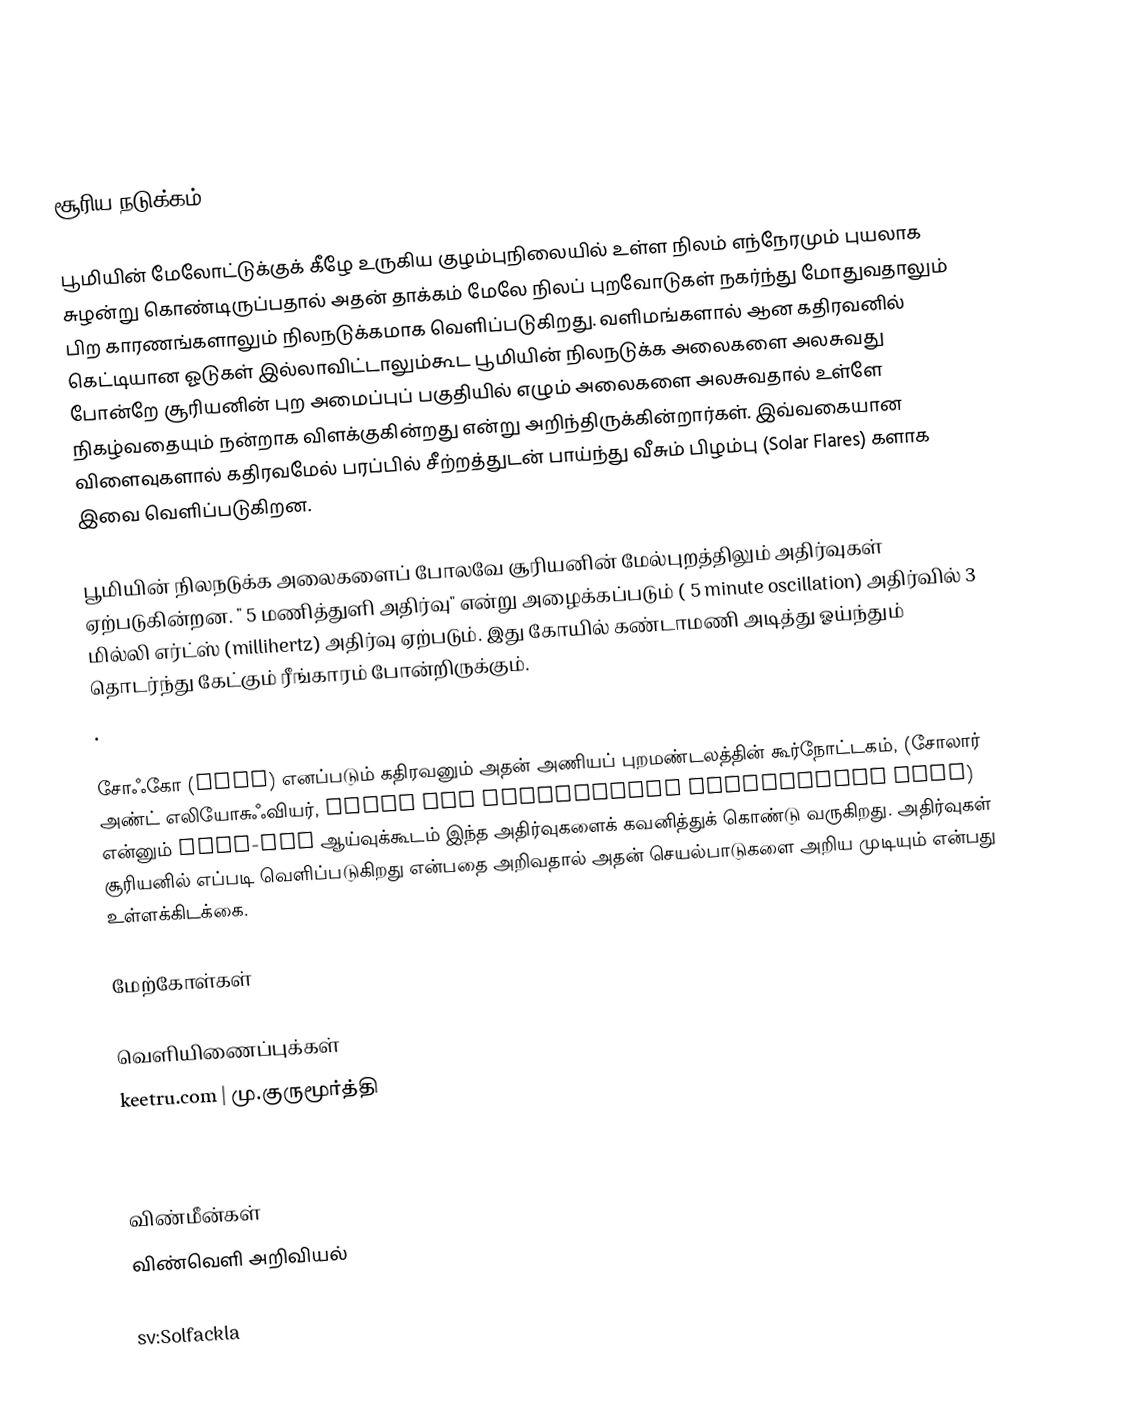

சூரிய நடுக்கம்

பூமியின் மேலோட்டுக்குக் கீழே உருகிய குழம்புநிலையில் உள்ள நிலம் எந்நேரமும் புயலாக சுழன்று கொண்டிருப்பதால் அதன் தாக்கம் மேலே நிலப் புறவோடுகள் நகர்ந்து மோதுவதாலும் பிற காரணங்களாலும் நிலநடுக்கமாக வெளிப்படுகிறது. வளிமங்களால் ஆன கதிரவனில் கெட்டியான ஓடுகள் இல்லாவிட்டாலும்கூட பூமியின் நிலநடுக்க அலைகளை அலசுவது போன்றே சூரியனின் புற அமைப்புப் பகுதியில் எழும் அலைகளை அலசுவதால் உள்ளே நிகழ்வதையும் நன்றாக விளக்குகின்றது என்று அறிந்திருக்கின்றார்கள். இவ்வகையான விளைவுகளால் கதிரவமேல் பரப்பில் சீற்றத்துடன் பாய்ந்து வீசும் பிழம்பு (Solar Flares) களாக இவை வெளிப்படுகிறன.

பூமியின் நிலநடுக்க அலைகளைப் போலவே சூரியனின் மேல்புறத்திலும் அதிர்வுகள் ஏற்படுகின்றன. " 5 மணித்துளி அதிர்வு" என்று அழைக்கப்படும் ( 5 minute oscillation) அதிர்வில் 3 மில்லி எர்ட்ஸ் (millihertz) அதிர்வு ஏற்படும். இது கோயில் கண்டாமணி அடித்து ஓய்ந்தும் தொடர்ந்து கேட்கும் ரீங்காரம் போன்றிருக்கும்.
.

சோஃகோ (SOHO) எனப்படும் கதிரவனும் அதன் அணியப் புறமண்டலத்தின் கூர்நோட்டகம்,  (சோலார் அண்ட் எலியோசுஃவியர், Solar and Helioshpere Observatory SOHO) என்னும் NASA-ESA ஆய்வுக்கூடம் இந்த அதிர்வுகளைக் கவனித்துக் கொண்டு வருகிறது. அதிர்வுகள் சூரியனில் எப்படி வெளிப்படுகிறது என்பதை அறிவதால் அதன் செயல்பாடுகளை அறிய முடியும் என்பது உள்ளக்கிடக்கை.

மேற்கோள்கள்

வெளியிணைப்புக்கள்
keetru.com | மு.குருமூர்த்தி

விண்மீன்கள்
விண்வெளி அறிவியல்

sv:Solfackla